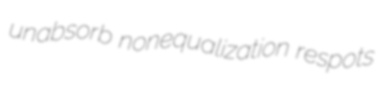
unabsorb nonequalization respots